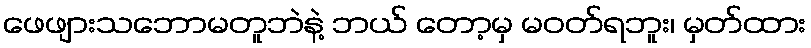
ဖေဖျားသဘောမတူဘဲနဲ့ ဘယ် တော့မှ မဝတ်ရဘူး၊ မှတ်ထား